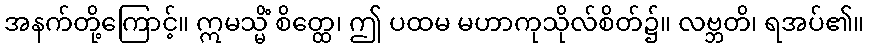
အနက်တို့ကြောင့်။ ဣမသ္မိံ စိတ္ထေ၊ ဤ ပထမ မဟာကုသိုလ်စိတ်၌။ လဗ္ဘတိ၊ ရအပ်၏။